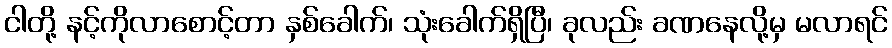
ငါတို့ နင့်ကိုလာစောင့်တာ နှစ်ခေါက်၊ သုံးခေါက်ရှိပြီ၊ ခုလည်း ခဏနေလို့မှ မလာရင်